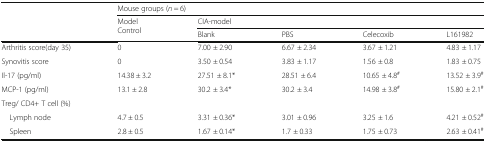
<table><thead><tr><td rowspan="3"></td><td colspan="5"><b>Mouse groups (<i>n</i> = 6)</b></td></tr><tr><td rowspan="2"><b>Model Control</b></td><td colspan="4"><b>CIA-model</b></td></tr><tr><td><b>Blank</b></td><td><b>PBS</b></td><td><b>Celecoxib</b></td><td><b>L161982</b></td></tr></thead><tbody><tr><td>Arthritis score(day 35)</td><td>0</td><td>7.00 ± 2.90</td><td>6.67 ± 2.34</td><td>3.67 ± 1.21</td><td>4.83 ± 1.17</td></tr><tr><td>Synovitis score</td><td>0</td><td>3.50 ± 0.54</td><td>3.83 ± 1.17</td><td>1.56 ± 0.8</td><td>1.83 ± 0.75</td></tr><tr><td>Il-17 (pg/ml)</td><td>14.38 ± 3.2</td><td>27.51 ± 8.1*</td><td>28.51 ± 6.4</td><td>10.65 ± 4.8<sup>#</sup></td><td>13.52 ± 3.9<sup>#</sup></td></tr><tr><td>MCP-1 (pg/ml)</td><td>13.1 ± 2.8</td><td>30.2 ± 3.4*</td><td>30.2 ± 3.4</td><td>14.98 ± 3.8<sup>#</sup></td><td>15.80 ± 2.1<sup>#</sup></td></tr><tr><td colspan="6">Treg/ CD4+ T cell (%)</td></tr><tr><td> Lymph node</td><td>4.7 ± 0.5</td><td>3.31 ± 0.36*</td><td>3.01 ± 0.96</td><td>3.25 ± 1.6</td><td>4.21 ± 0.52<sup>#</sup></td></tr><tr><td> Spleen</td><td>2.8 ± 0.5</td><td>1.67 ± 0.14*</td><td>1.7 ± 0.33</td><td>1.75 ± 0.73</td><td>2.63 ± 0.41<sup>#</sup></td></tr></tbody></table>